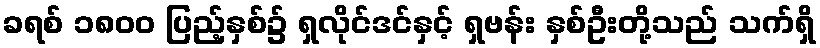
ခရစ် ၁၈၀၀ ပြည့်နှစ်၌ ရှလိုင်ဒင်နှင့် ရှဗန်း နှစ်ဦးတို့သည် သက်ရှိ